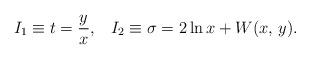
LaTeX: \begin{align*}I_1\equiv t={y\over x},\;\;\;I_2\equiv\sigma=2\ln x+W(x,\,y).\end{align*}